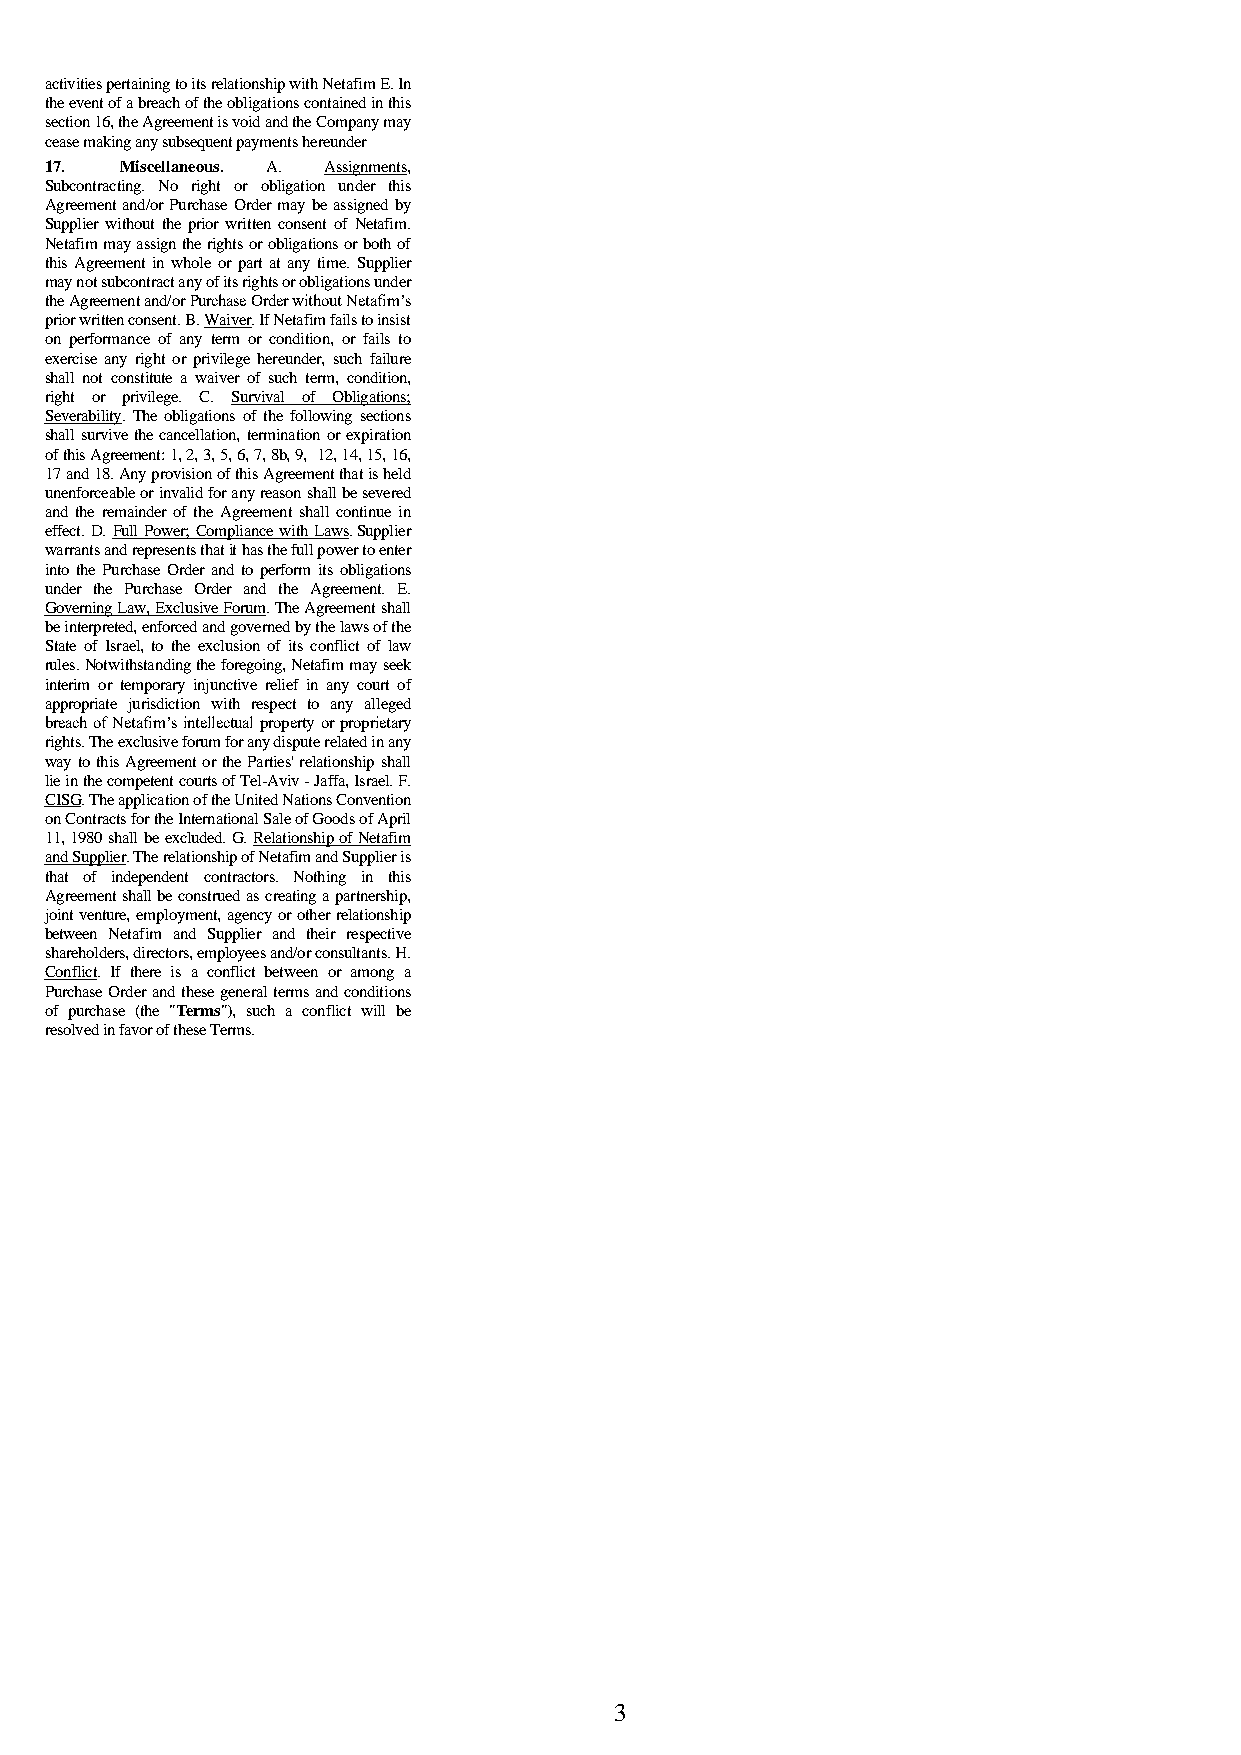
activities pertaining to its relationship with Netafim E. In
 the event of a breach of the obligations contained in this
 section 16, the Agreement is void and the Company may
 cease making any subsequent payments hereunder
 17.  Miscellaneous. A. Assignments,
 Subcontracting. No right or obligation under this
 Agreement and/or Purchase Order may be assigned by
 Supplier without the prior written consent of Netafim.
 Netafim may assign the rights or obligations or both of
 this Agreement in whole or part at any time. Supplier
 may not subcontract any of its rights or obligations under
 the Agreement and/or Purchase Order without Netafim’s
 prior written consent. B. Waiver. If Netafim fails to insist
 on performance of any term or condition, or fails to
 exercise any right or privilege hereunder, such failure
 shall not constitute a waiver of such term, condition,
 right or privilege. C. Survival of Obligations;
 Severability. The obligations of the following sections
 shall survive the cancellation, termination or expiration
 of this Agreement: 1, 2, 3, 5, 6, 7, 8b, 9, 12, 14, 15, 16,
 17 and 18. Any provision of this Agreement that is held
 unenforceable or invalid for any reason shall be severed
 and the remainder of the Agreement shall continue in
 effect. D. Full Power; Compliance with Laws. Supplier
 warrants and represents that it has the full power to enter
 into the Purchase Order and to perform its obligations
 under the Purchase Order and the Agreement. E.
 Governing Law, Exclusive Forum. The Agreement shall
 be interpreted, enforced and governed by the laws of the
 State of Israel, to the exclusion of its conflict of law
 rules. Notwithstanding the foregoing, Netafim may seek
 interim or temporary injunctive relief in any court of
 appropriate jurisdiction with respect to any alleged
 breach of Netafim’s intellectual property or proprietary
 rights. The exclusive forum for any dispute related in any
 way to this Agreement or the Parties' relationship shall
 lie in the competent courts of Tel-Aviv - Jaffa, Israel. F.
 CISG. The application of the United Nations Convention
 on Contracts for the International Sale of Goods of April
 11, 1980 shall be excluded. G. Relationship of Netafim
 and Supplier. The relationship of Netafim and Supplier is
 that of independent contractors. Nothing in this
 Agreement shall be construed as creating a partnership,
 joint venture, employment, agency or other relationship
 between Netafim and Supplier and their respective
 shareholders, directors, employees and/or consultants. H.
 Conflict. If there is a conflict between or among a
 Purchase Order and these general terms and conditions
 of purchase (the "Terms"), such a conflict will be
 resolved in favor of these Terms.
 3